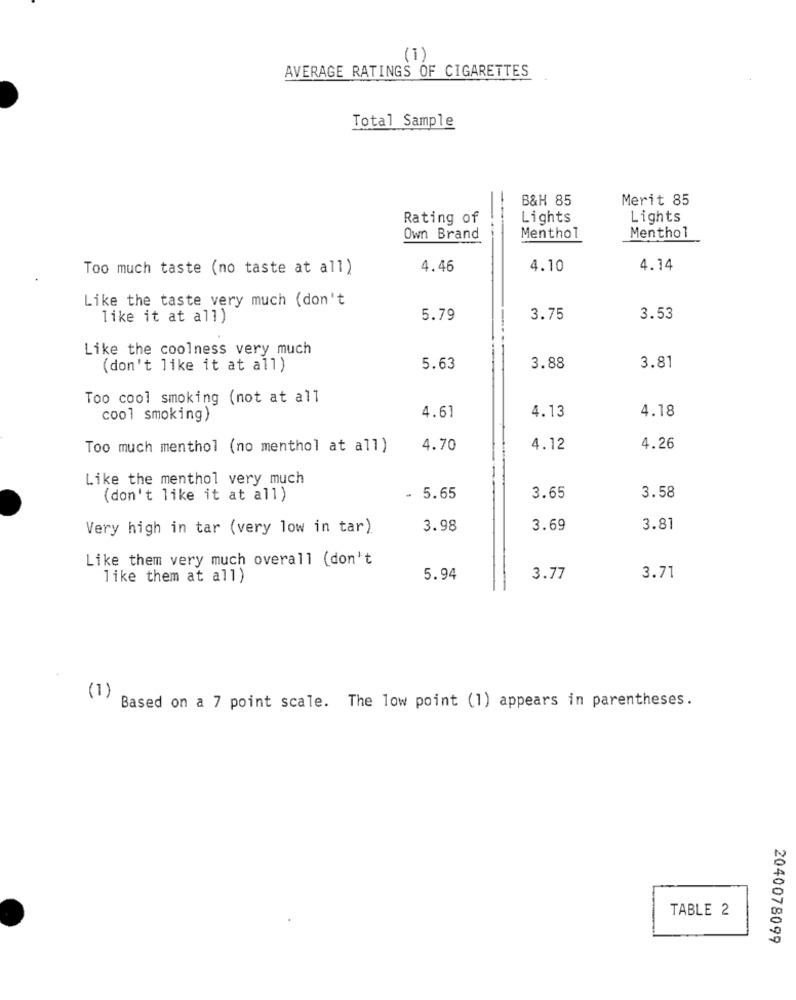
(1)
AVERAGE RATINGS OF CIGARETTES
Total Sample
B&H 85
Merit 85
Rating of
Lights
Lights
Own Brand
Menthol
Menthol
Too much taste (no taste at all)
4.46
4.10
4.14
Like the taste very much (don't
like it at all)
5.79
3.75
3.53
Like the coolness very much
(don't like it at all)
5.63
3.88
3.81
Too cool smoking (not at all
4.61
4.18
cool smoking)
4.13
Too much menthol (no menthol at all)
4.70
4.12
4.26
Like the menthol very much
(don't like it at all)
- 5.65
3.65
3.58
Very high in tar (very low in tar)
3.98
3.69
3.81
Like them very much overall (don't
like them at all)
5.94
3.77
3.71
(1)
Based on a 7 point scale. The low point (1) appears in parentheses.
TABLE 2
2040078099